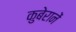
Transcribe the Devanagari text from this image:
कुबेरानें